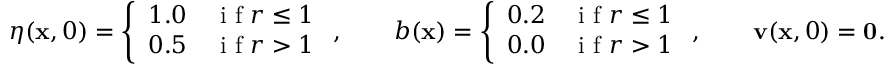
\eta ( \mathbf { x } , 0 ) = \left\{ \begin{array} { c c } { 1 . 0 } & { \textnormal { i f } r \leq 1 } \\ { 0 . 5 } & { \textnormal { i f } r > 1 } \end{array} \right. , \qquad b ( \mathbf { x } ) = \left\{ \begin{array} { c c } { 0 . 2 } & { \textnormal { i f } r \leq 1 } \\ { 0 . 0 } & { \textnormal { i f } r > 1 } \end{array} \right. , \qquad \mathbf { v } ( \mathbf { x } , 0 ) = \mathbf { 0 } .